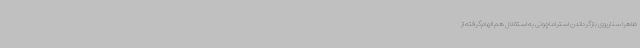
ظاهراً سناریوی بازگرداندن استراماچونی به استقلال هم الهام‌گرفته از